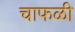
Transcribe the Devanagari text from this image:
चाफळी